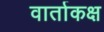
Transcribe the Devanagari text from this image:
वार्ताकक्ष